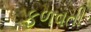
ફળવતી